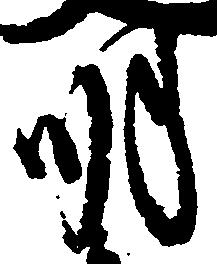
明